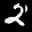
Label: 2